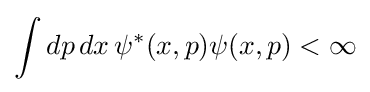
\int dp\,dx\,\psi ^{\ast }(x,p)\psi (x,p)<\infty